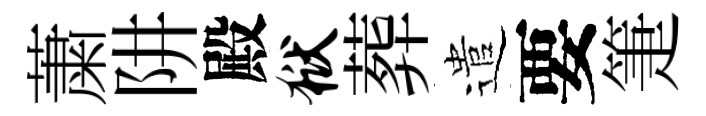
䔥阱殿狱葬遣要箑